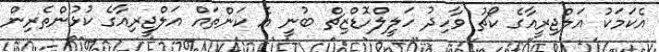
އެކަމަކު އަލްޖިރީއާގެ ކޯޗު ވާހިދު ހަލީލްހޮޑްޒިޗް ބުނީ އެ ކަންތައް އަލްޖީރިއާގެ ކުޅުންތެރިން